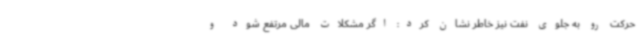
حرکت رو به جلوی نفت نیز خاطر نشان کرد: اگر مشکلات مالی مرتفع شود و